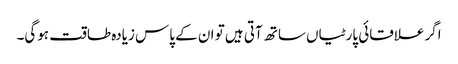
اگر علاقائی پارٹیاں ساتھ آتی ہیں تو ان کے پاس زیادہ طاقت ہوگی۔